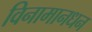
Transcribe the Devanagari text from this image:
विनामानधन